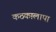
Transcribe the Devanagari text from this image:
कठकालापा